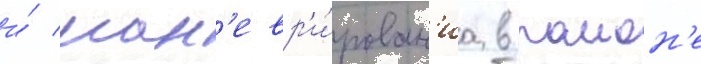
и́ ман'евр'и́рован'иа в раион'е